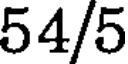
54/5